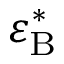
\varepsilon _ { \mathrm { B } } ^ { \ast }